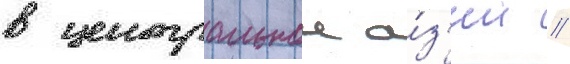
в центральнои а́з'ии /